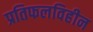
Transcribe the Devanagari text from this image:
प्रतिफलविहीन